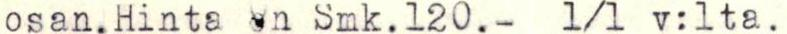
osan.Hinta on Smk.120.- 1/1 v:lta.